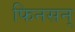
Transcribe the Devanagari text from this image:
फिनसन्‌